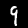
Digit: 9